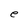
Character: e